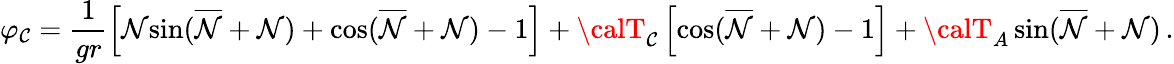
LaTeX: \varphi_{\mathcal{C}}=\frac{{1}}{{gr}}\left[{\cal{N}}{\sin}(\overline{{{{\cal{N}}}}}+{\cal{N}})+{\cos}(\overline{{{{\cal{N}}}}}+{\cal{N}})-1\right]+{\calT}_{\mathcal{C}}\left[{\cos}(\overline{{{{\cal{N}}}}}+{\cal{N}})-1\right]+{\calT}_{A}\, {\sin}(\overline{{{{\cal{N}}}}}+{\cal{N}})\, .